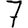
Digit: 7